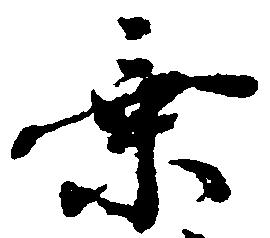
乗